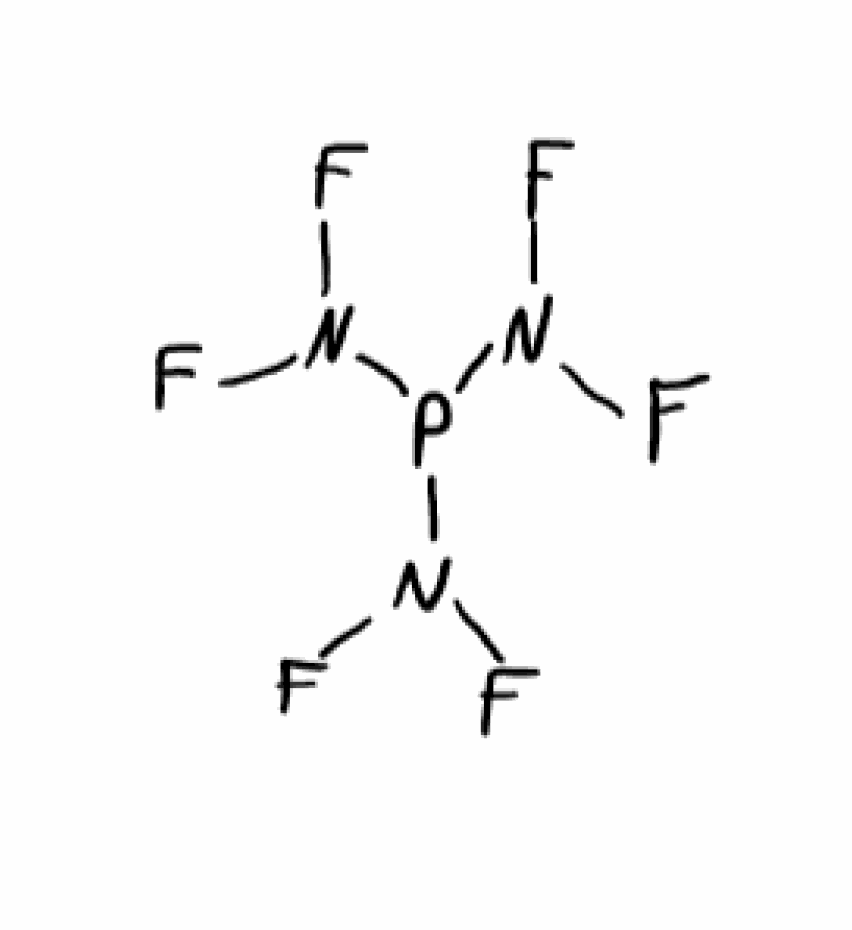
Simplified molecular-input line-entry system (SMILES) notation of the given molecule:
N(F)(F)P(N(F)F)N(F)F